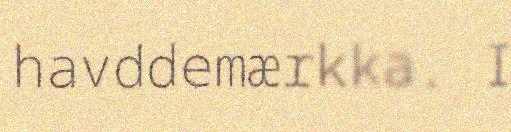
havddemærkka. I